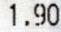
1.90